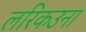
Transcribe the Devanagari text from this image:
लरिकउना